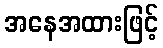
အနေအထားဖြင့်